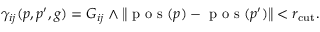
\begin{array} { r } { \gamma _ { i j } ( p , p ^ { \prime } , g ) = G _ { i j } \wedge \left\Vert \textup { p o s } ( p ) - \textup { p o s } ( p ^ { \prime } ) \right\Vert < r _ { \mathrm { c u t } } . } \end{array}